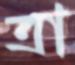
ত্রা